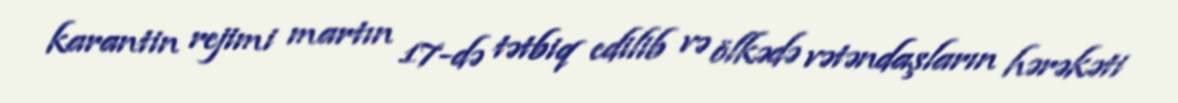
karantin rejimi martın 17-də tətbiq edilib və ölkədə vətəndaşların hərəkəti